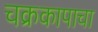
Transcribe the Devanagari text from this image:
चक्रकापाचा